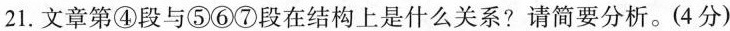
21.文章第④段与⑤⑥⑦段在结构上是什么关系?请简要分析。(4分)